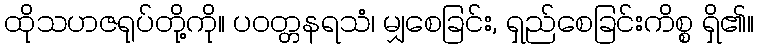
ထိုသဟဇရုပ်တို့ကို။ ပဝတ္တနရသံ၊ မျှစေခြင်း, ရှည်စေခြင်းကိစ္စ ရှိ၏။